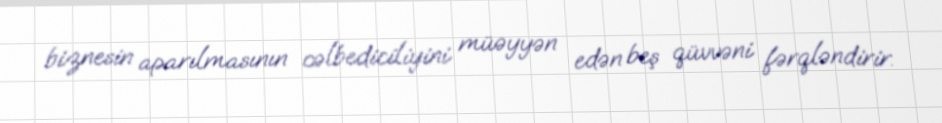
biznesin aparılmasının cəlbediciliyini müəyyən edən beş qüvvəni fərqləndirir.